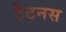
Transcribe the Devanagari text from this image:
टैटनस